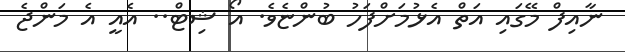
ނާއިފް މޭގައި އަތް އެޅުމަށްފަހު ބުންޏެވެ. އޯ ޝިޓް.. އެއީ އެ މަންޖެ